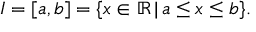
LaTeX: I = [ a , b ] = \{ x \in \mathbb { R } \, | \, a \leq x \leq b \} .